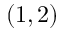
( 1 , 2 )